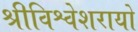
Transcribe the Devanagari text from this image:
श्रीविश्वेशरायो